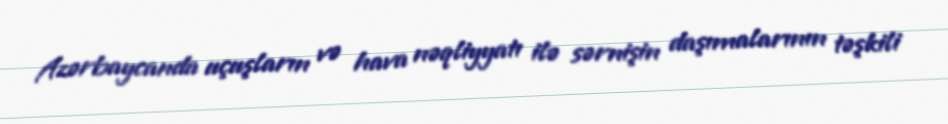
Azərbaycanda uçuşların və hava nəqliyyatı ilə sərnişin daşımalarının təşkili